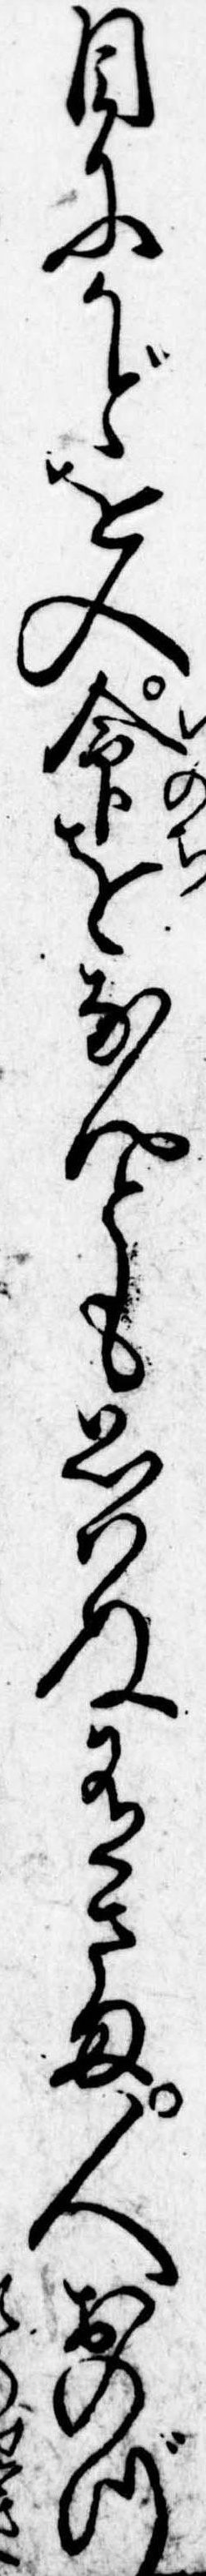
目にかどを入命をなんとも思はぬ有さま人おのづ